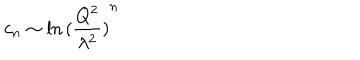
LaTeX: c _ { n } \sim \ln { ( \frac { Q ^ { 2 } } { \lambda ^ { 2 } } ) } ^ { n }